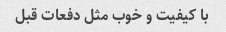
با کیفیت و خوب مثل دفعات قبل